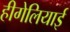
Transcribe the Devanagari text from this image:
हीगेलियाई